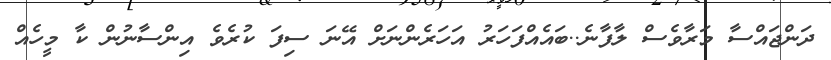
ދަންޖައްސާ މަރާވެސް ލާފާނެ..ބައެއްފަހަރު އަހަރެންނަށް އޭނަ ސިފަ ކުރެވެ އިންސާނުން ކާ މީހެއް